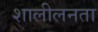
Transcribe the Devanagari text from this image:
शालीलनता